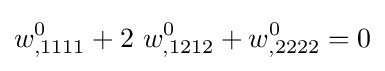
w_{,1111}^{0}+2~w_{,1212}^{0}+w_{,2222}^{0}=0